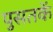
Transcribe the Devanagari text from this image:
पुसतकें